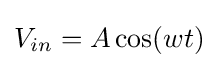
V_{in}=A\cos(wt)